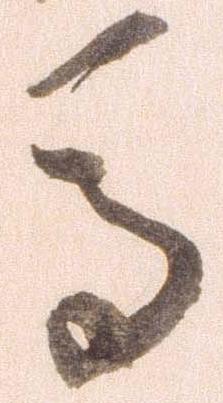
馬